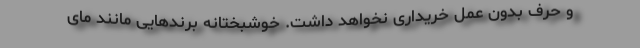
و حرف بدون عمل خریداری نخواهد داشت. خوشبختانه برندهایی مانند مای